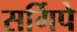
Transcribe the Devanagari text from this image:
सर्गिपे